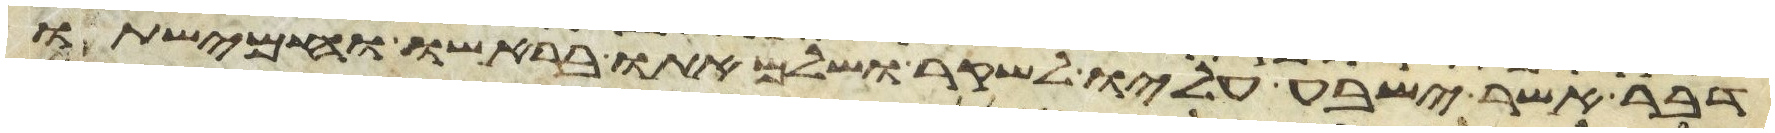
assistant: דבר אשר ישבע עליו לשקר ושלם אתו בראשו וחמישתו